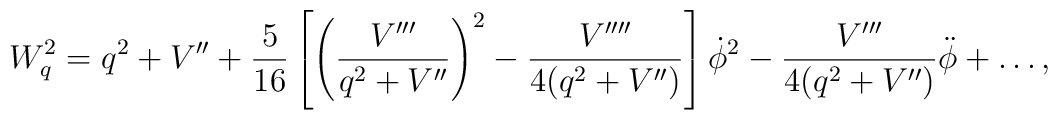
W^2_q= q^2 + V''+ {5\over 16}\left[\left({V'''\over q^2+V''}\right )^2-{V''''\over 4(q^2+V'')}\right ]\dot\phi^2-{V'''\over 4(q^2+V'')}\ddot \phi + \ldots ,